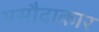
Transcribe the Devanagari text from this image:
मसौदाकार